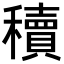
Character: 𬔃